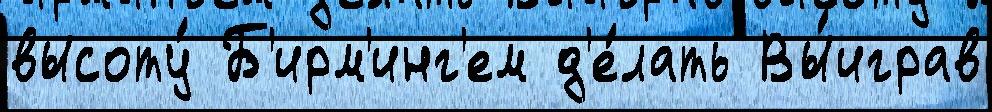
высоту́ Б'ирм'инг'ем д'е́лать Вы́играв